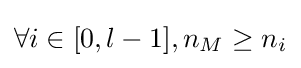
\forall i\in [0,l-1],n_{M}\geq n_{i}